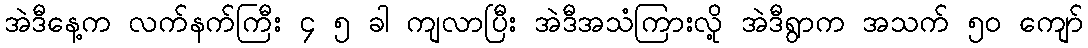
အဲဒီနေ့က လက်နက်ကြီး ၄ ၅ ခါ ကျလာပြီး အဲဒီအသံကြားလို့ အဲဒီရွာက အသက် ၅၀ ကျော်